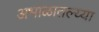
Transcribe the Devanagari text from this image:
अभाळातल्य्या